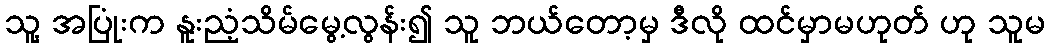
သူ့ အပြုံးက နူးညံ့သိမ်မွေ့လွန်း၍ သူ ဘယ်တော့မှ ဒီလို ထင်မှာမဟုတ် ဟု သူမ